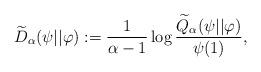
LaTeX: \begin{align*}\widetilde{D}_\alpha(\psi||\varphi) := \frac{1}{\alpha-1}\log\frac{\widetilde{Q}_\alpha(\psi||\varphi)}{\psi(1)}, \end{align*}